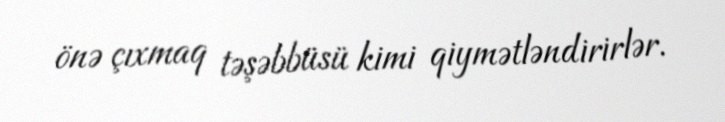
önə çıxmaq təşəbbüsü kimi qiymətləndirirlər.